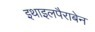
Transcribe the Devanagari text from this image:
इथाइलपैराबेन